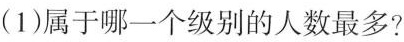
(1)属于哪一个级别的人数最多?